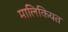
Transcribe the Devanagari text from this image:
मालिकियत